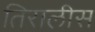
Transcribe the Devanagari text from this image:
तिरालीस